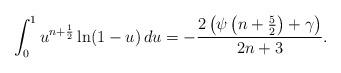
LaTeX: \begin{align*} \int_0^1 u^{n+\frac{1}{2}} \ln (1-u) \, du = -\frac{2 \left(\psi\left(n+\frac{5}{2}\right)+\gamma \right)}{2 n+3}. \end{align*}